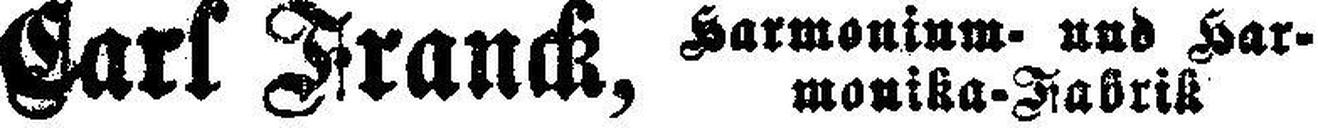
Carl Franck,